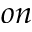
o n